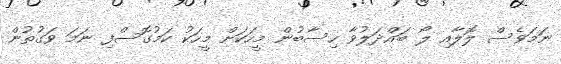
ނަމަވެސް ލޮލާއި ލޯ ބައްދަލުވާ ހިސާބުން މީހަކަށް މީހަކު ކަމުގޮސްފި ނަމަ ވަގުތުން